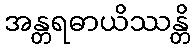
အန္တရဓာယိဿန္တိ